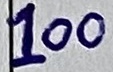
Text: 100